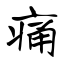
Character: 痛